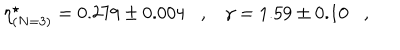
\eta _ { ( N = 3 ) } ^ { \star } = 0 . 2 7 9 \pm 0 . 0 0 4 \, \, \, \, \, , \, \, \, \, \, \gamma = 1 . 5 9 \pm 0 . 1 0 \, \, \, \, \, , \, \, \, \, \,